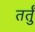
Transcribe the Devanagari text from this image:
तर्तुं